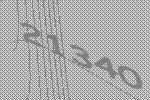
21340